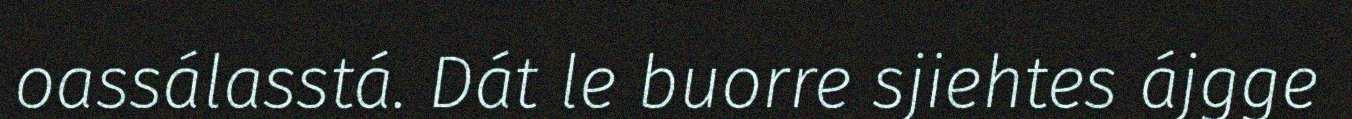
oassálasstá. Dát le buorre sjiehtes ájgge